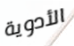
الأدوية